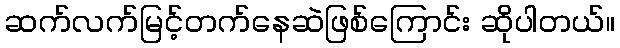
ဆက်လက်မြင့်တက်နေဆဲဖြစ်ကြောင်း ဆိုပါတယ်။